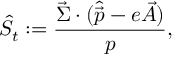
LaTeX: \hat { S } _ { t } : = { \frac { \vec { \Sigma } \cdot ( \hat { \vec { p } } - e \vec { A } ) } { p } } ,